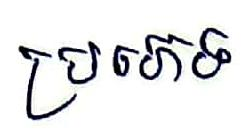
ប្រភេទ